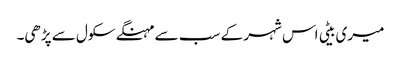
میری بیٹی اس شہر کے سب سے مہنگے سکول سے پڑھی۔